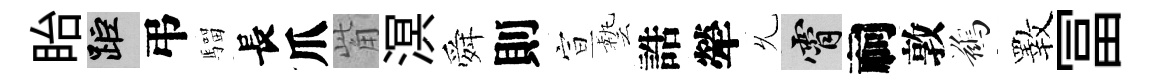
眙距弔騮長爪觜溟舜則宣藝誥犖𠃔霄祠敦鷀斁冨